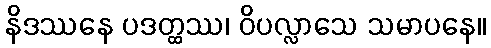
နိဒဿနေ ပဒတ္ထဿ၊ ဝိပလ္လာသေ သမာပနေ။